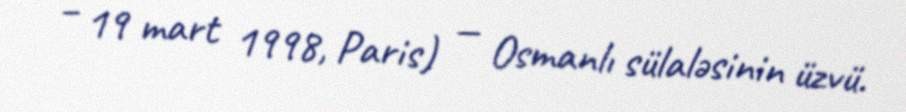
– 19 mart 1998, Paris) — Osmanlı sülaləsinin üzvü.